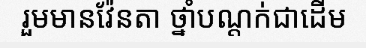
រួមមានវ៉ែនតា ថ្នាំបណ្តក់ជាដើម